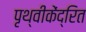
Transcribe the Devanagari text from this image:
पृथ्वीकेंद्रित